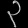
Digit: ၃